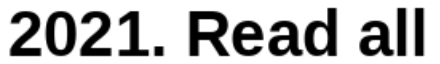
2021. Read all